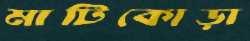
মাটিকোড়া